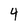
Character: 4